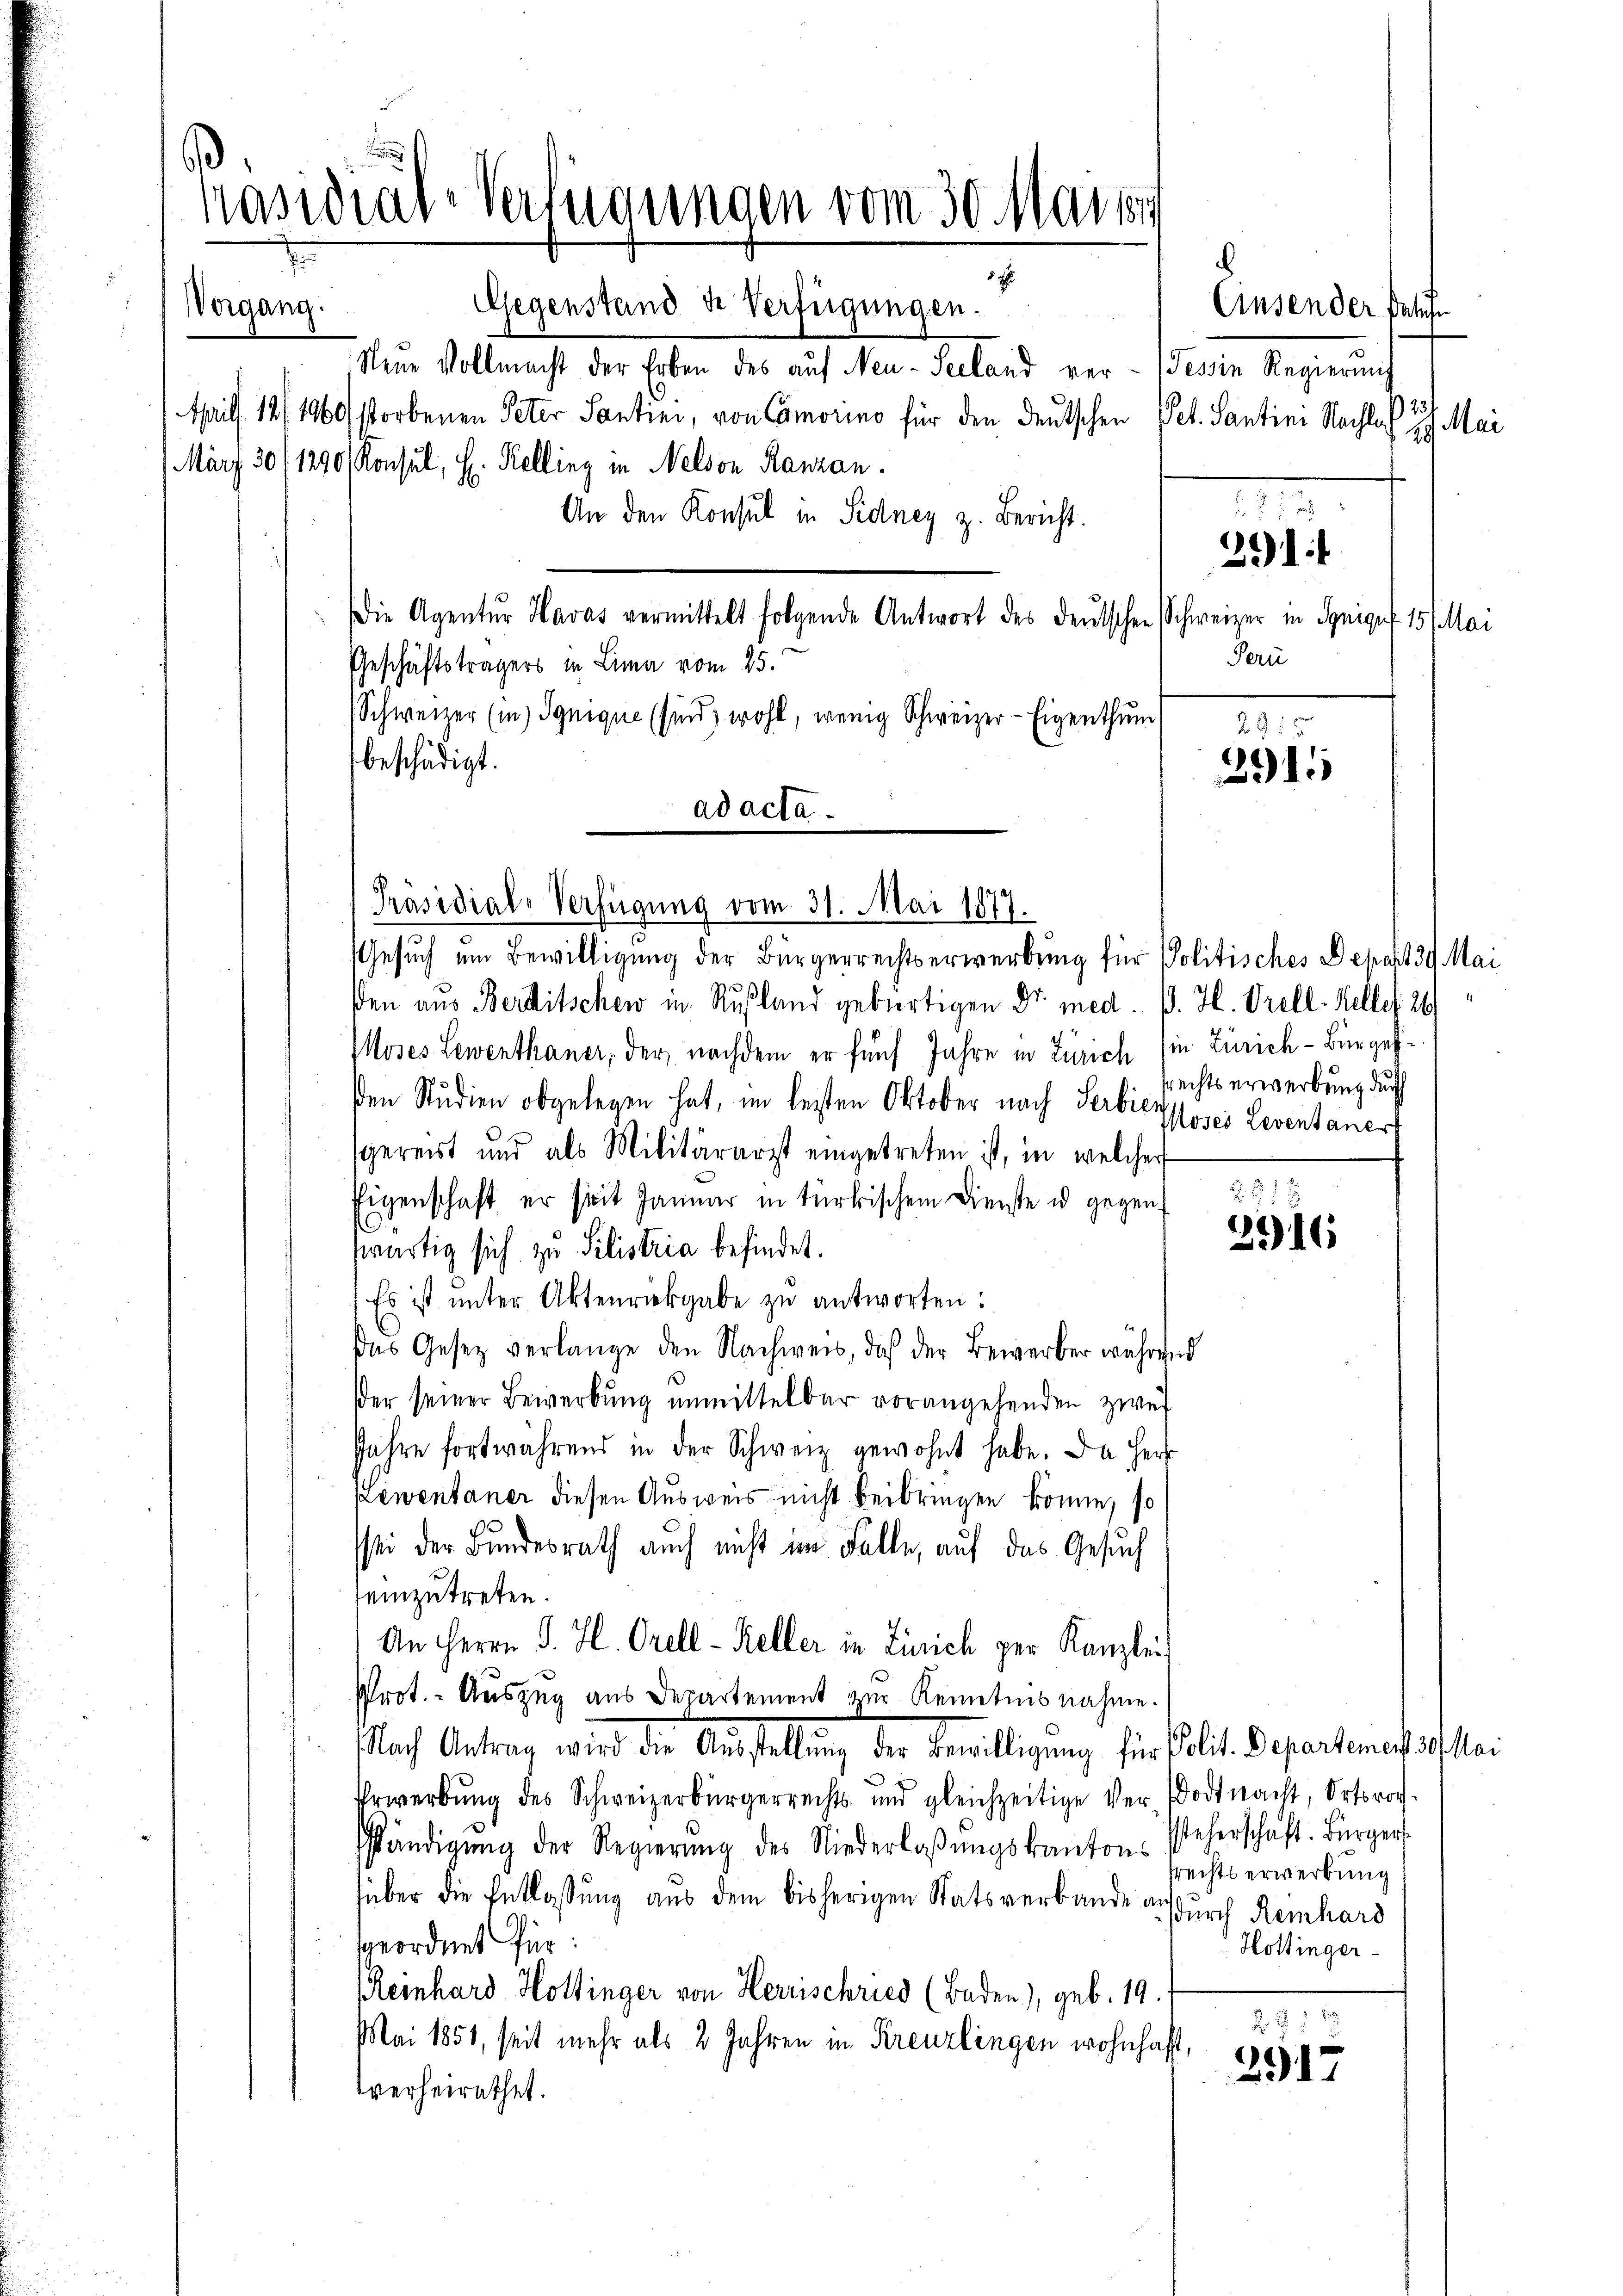
Präsidial-Verfügungen vom 30. Mai 18
5
Gegenstand u. Verfügungen.
Vergang.

Neue Vollmacht der Erben des auf Neu-Seeland ver- (Tessin Regierung
April 12/1900 storbenen Peter Santini, von Camorino für den deutschen Pet. Santini Nachla
März 3011290 Konsul, H. Kelling in Nelson Ranzan
An den Konsul in Sidney z. Bericht.
Die Agentur Havas vermittelt folgende Antwort des deutschen Schweizer in Syniges 15. Mai
Geschäftsträgers in Lima vom 25.
Schweizer (in Ignique sind, wohl, wenig Schweizer- Eigenthum
beschädigt.
ad acta.
ßen aus Berditschew in Rußland gebürtigen Dr. med. B. H. Prell. Kelle 2
Moses Lewenthaner, der nachdem er fünf Jahre in Zürich (in Zürich-Bürgesiden Studien obgelegen hat, im lezten Oktober nach Serbieyposes Leventaner
sgereist und als Militärarzt eingetreten ist, in welcher
Eigenschaft er seit Januar in türkischem Dienste u gegen 291
swärtig sich zu Silistria befindet.
Es ist unter Aktenriekgabe zu antworten:
Das Gesetz verlange den Nachweis, daß der Bewerber während
ßer seiner Bewerbung unmittelbar vorangehenden zwei
Jahre fortwährend in der Schweiz gewohnt habe. Da Herz
Lewentaner diesen Ausweis nicht beibringen könne, so
sei der Bundesrath auch nicht im Falle, auf das Gesuch
einzutreten.
An Herrn J. H. Orell - Keller in Zürich per Kanzlei
Prot. - Auszug aus Departement am Kenntnisnahme.
Nach Antrag wird die Ausstellung der Bewilligung für Polit. Separtenauf das ei
Erwerbŭng des Schweizerbürgerrechts und gleichzeitige Ver-Bodtnacht, Ortsvor-
Pfländigŭng der Regierŭng des Niederlaβŭngskantons Peherschaft. Bürger
süber die Entlassung aus dem bisherigen Statsverbande ausdurch Reinhard
geordnet für:
Reinhard Hottinger von Herrischries (Baden), geb. 19.
Mai 1851, seit mehr als 2 Jahren in Kreuzlingen wohnhaft,
verheirathet.

Präsidial-Verfügung vom 31. Mai 1877.

Gesuch um Bewilligung der Bürgerrechtserwerbung für Politisches Depart 39. Mai

.
Einsen der Belehn
23.
Mai
29

2915
2915

m
Peru

291. 4

srechts erwerbung durch

2316

2 § 11
2917

srechts erwerbung
Hottinger